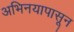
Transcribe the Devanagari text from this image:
अभिनयापासून